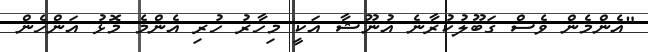
"އެންމެން ވެސް ގަބޫލުކުރާނެ އުނޫޝާ އަކީ މިހާރު ހުރި އެންމެ މޮޅު އަންހެން